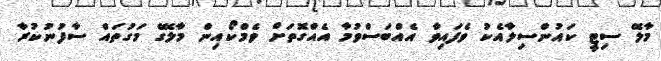
މާލޭ ސިޓީ ކައުންސިލާއެކު ވެފައިވާ އެއްބަސްވުމާ އެއްގޮތަށް ވެމްކޯއިން މާލޭގެ މަގުތައް ސާފުނުކުރާ